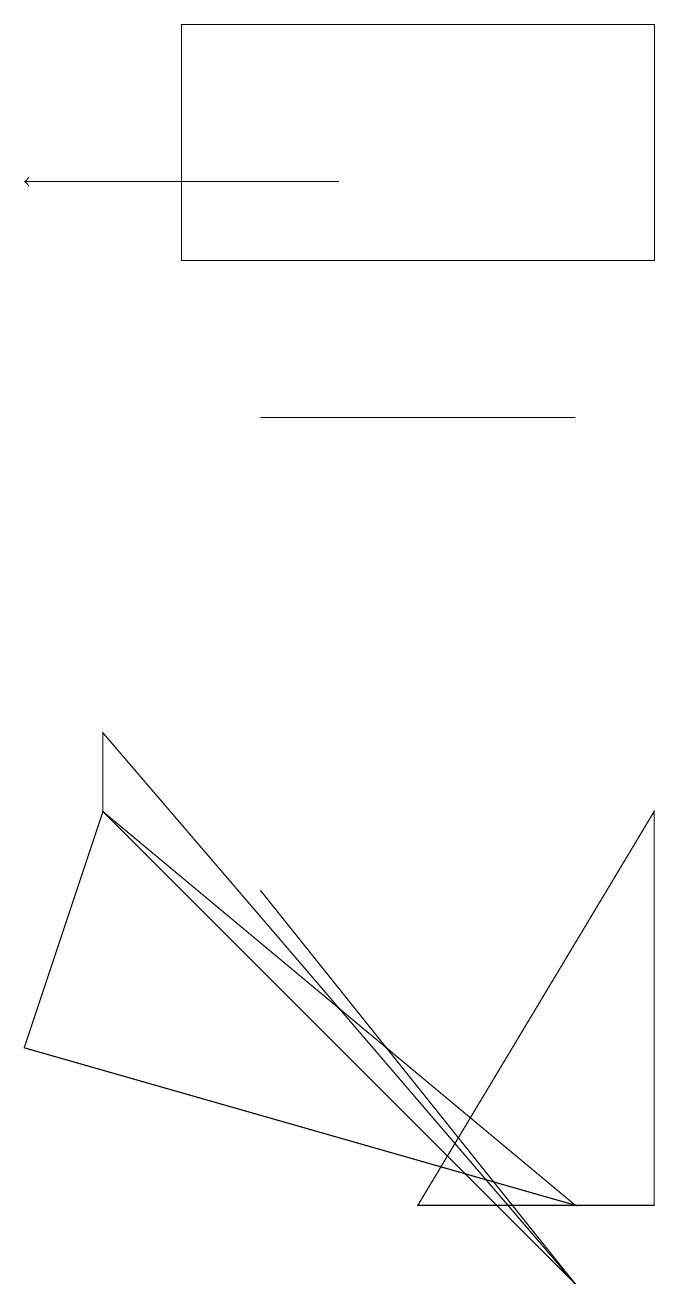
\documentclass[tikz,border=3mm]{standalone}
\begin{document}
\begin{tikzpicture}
\draw (3,6) -- (3,6) -- (7,1) -- cycle;
\draw[->] (4,15) -- (0,15);
\draw (7,12) rectangle (3,12);
\draw (8,2) -- (8,7) -- (5,2) -- cycle;
\draw (0,4) -- (1,7) -- (7,2) -- cycle;
\draw (1,8) -- (1,7) -- (7,1) -- cycle;
\draw (2,14) rectangle (8,17);
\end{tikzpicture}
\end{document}